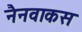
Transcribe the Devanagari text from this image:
नैनवाकस